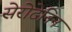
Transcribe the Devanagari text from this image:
सेरोटेनिन